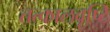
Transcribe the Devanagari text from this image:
तत्कालवृष्टि